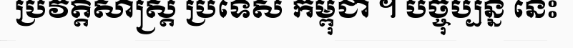
ប្រវត្តិសាស្ត្រ ប្រទេស កម្ពុជា ។ បច្ចុប្បន្ន នេះ